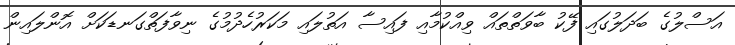
އަސްލުގެ ބަދަލުގައި ފޭކު ބާވަތްތައް ވިއްކުމާއި ފައިސާ އަތުލައި މަކަރުހެދުމުގެ ނިވާފަތްގަނޑަކަށް އޮންލައިން